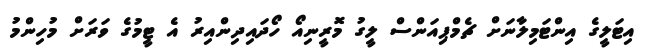
އިޓަލީގެ އިންޓަމިލާނަށް ޗެމްޕިއަންސް ލީގު މޮރީނިއޯ ހޯދައިދިންއިރު އެ ޓީމުގެ ވަރަށް މުހިންމު